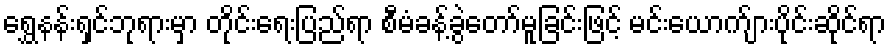
ရွှေနန်းရှင်ဘုရားမှာ တိုင်းရေးပြည်ရာ စီမံခန့်ခွဲတော်မူခြင်းဖြင့် မင်းယောက်ျားပိုင်းဆိုင်ရာ